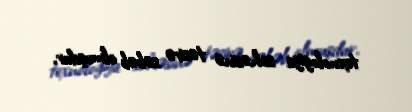
texnologiya sahəsinə təsirə səbəb olmuşdur.